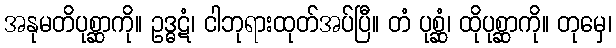
အနုမတိပုစ္ဆာကို။ ဥဒ္ဓဋံ၊ ငါဘုရားထုတ်အပ်ပြီ။ တံ ပုစ္ဆံ၊ ထိုပုစ္ဆာကို။ တုမှေ၊